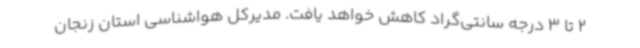
2 تا 3 درجه سانتی‌گراد کاهش خواهد یافت. مدیرکل هواشناسی استان زنجان